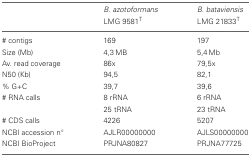
|  | B. azotoformans LMG 9581T | B. bataviensis LMG 21833T |
 | --- | --- | --- |
 | # contigs | 169 | 197 |
 | Size (Mb) | 4,3 MB | 5,4 Mb |
 | Av. read coverage | 86x | 79,5x |
 | N50 (Kb) | 94,5 | 82,1 |
 | % G+C | 39,7 | 39,6 |
 | # RNA calls | 8 rRNA | 6 rRNA |
 |  | 25 tRNA | 23 tRNA |
 | # CDS calls | 4226 | 5207 |
 | NCBI accession n° | AJLR00000000 | AJLS00000000 |
 | NCBI BioProject | PRJNA80827 | PRJNA77725 |